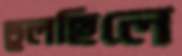
ভুলছিলে